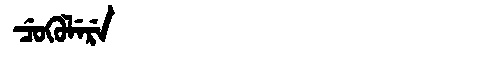
Manchu: ᠴᡠᡴᡠᠯᡝᡵᡝ
Romanization: CUKULERE